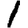
Digit: 1